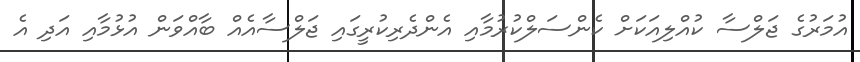
އުމަރުގެ ޖަލްސާ ކުއްލިއަކަށް ކެންސަލްކުރުމާއި އެންދެރިކުރީގައި ޖަލްސާއެއް ބާއްވަން އުޅުމާއި އަދި އެ